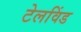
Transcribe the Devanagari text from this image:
टेलविंड